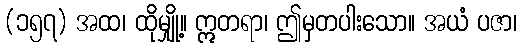
(၁၅၇) အထ၊ ထိုမျှို့။ ဣတရာ၊ ဤမှတပါးသော။ အယံ ပဇာ၊